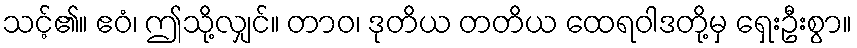
သင့်၏။ ဧဝံ၊ ဤသို့လျှင်။ တာဝ၊ ဒုတိယ တတိယ ထေရဝါဒတို့မှ ရှေးဦးစွာ။